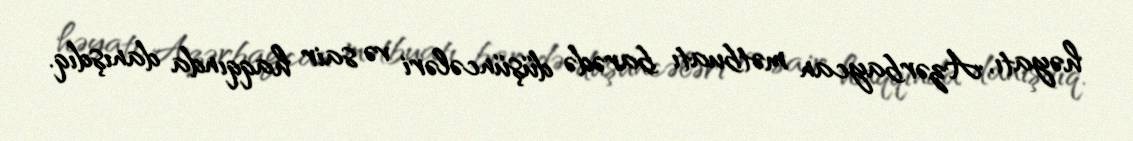
həyatı, Azərbaycan mətbuatı barədə düşüncələri və sair haqqında danışdıq.